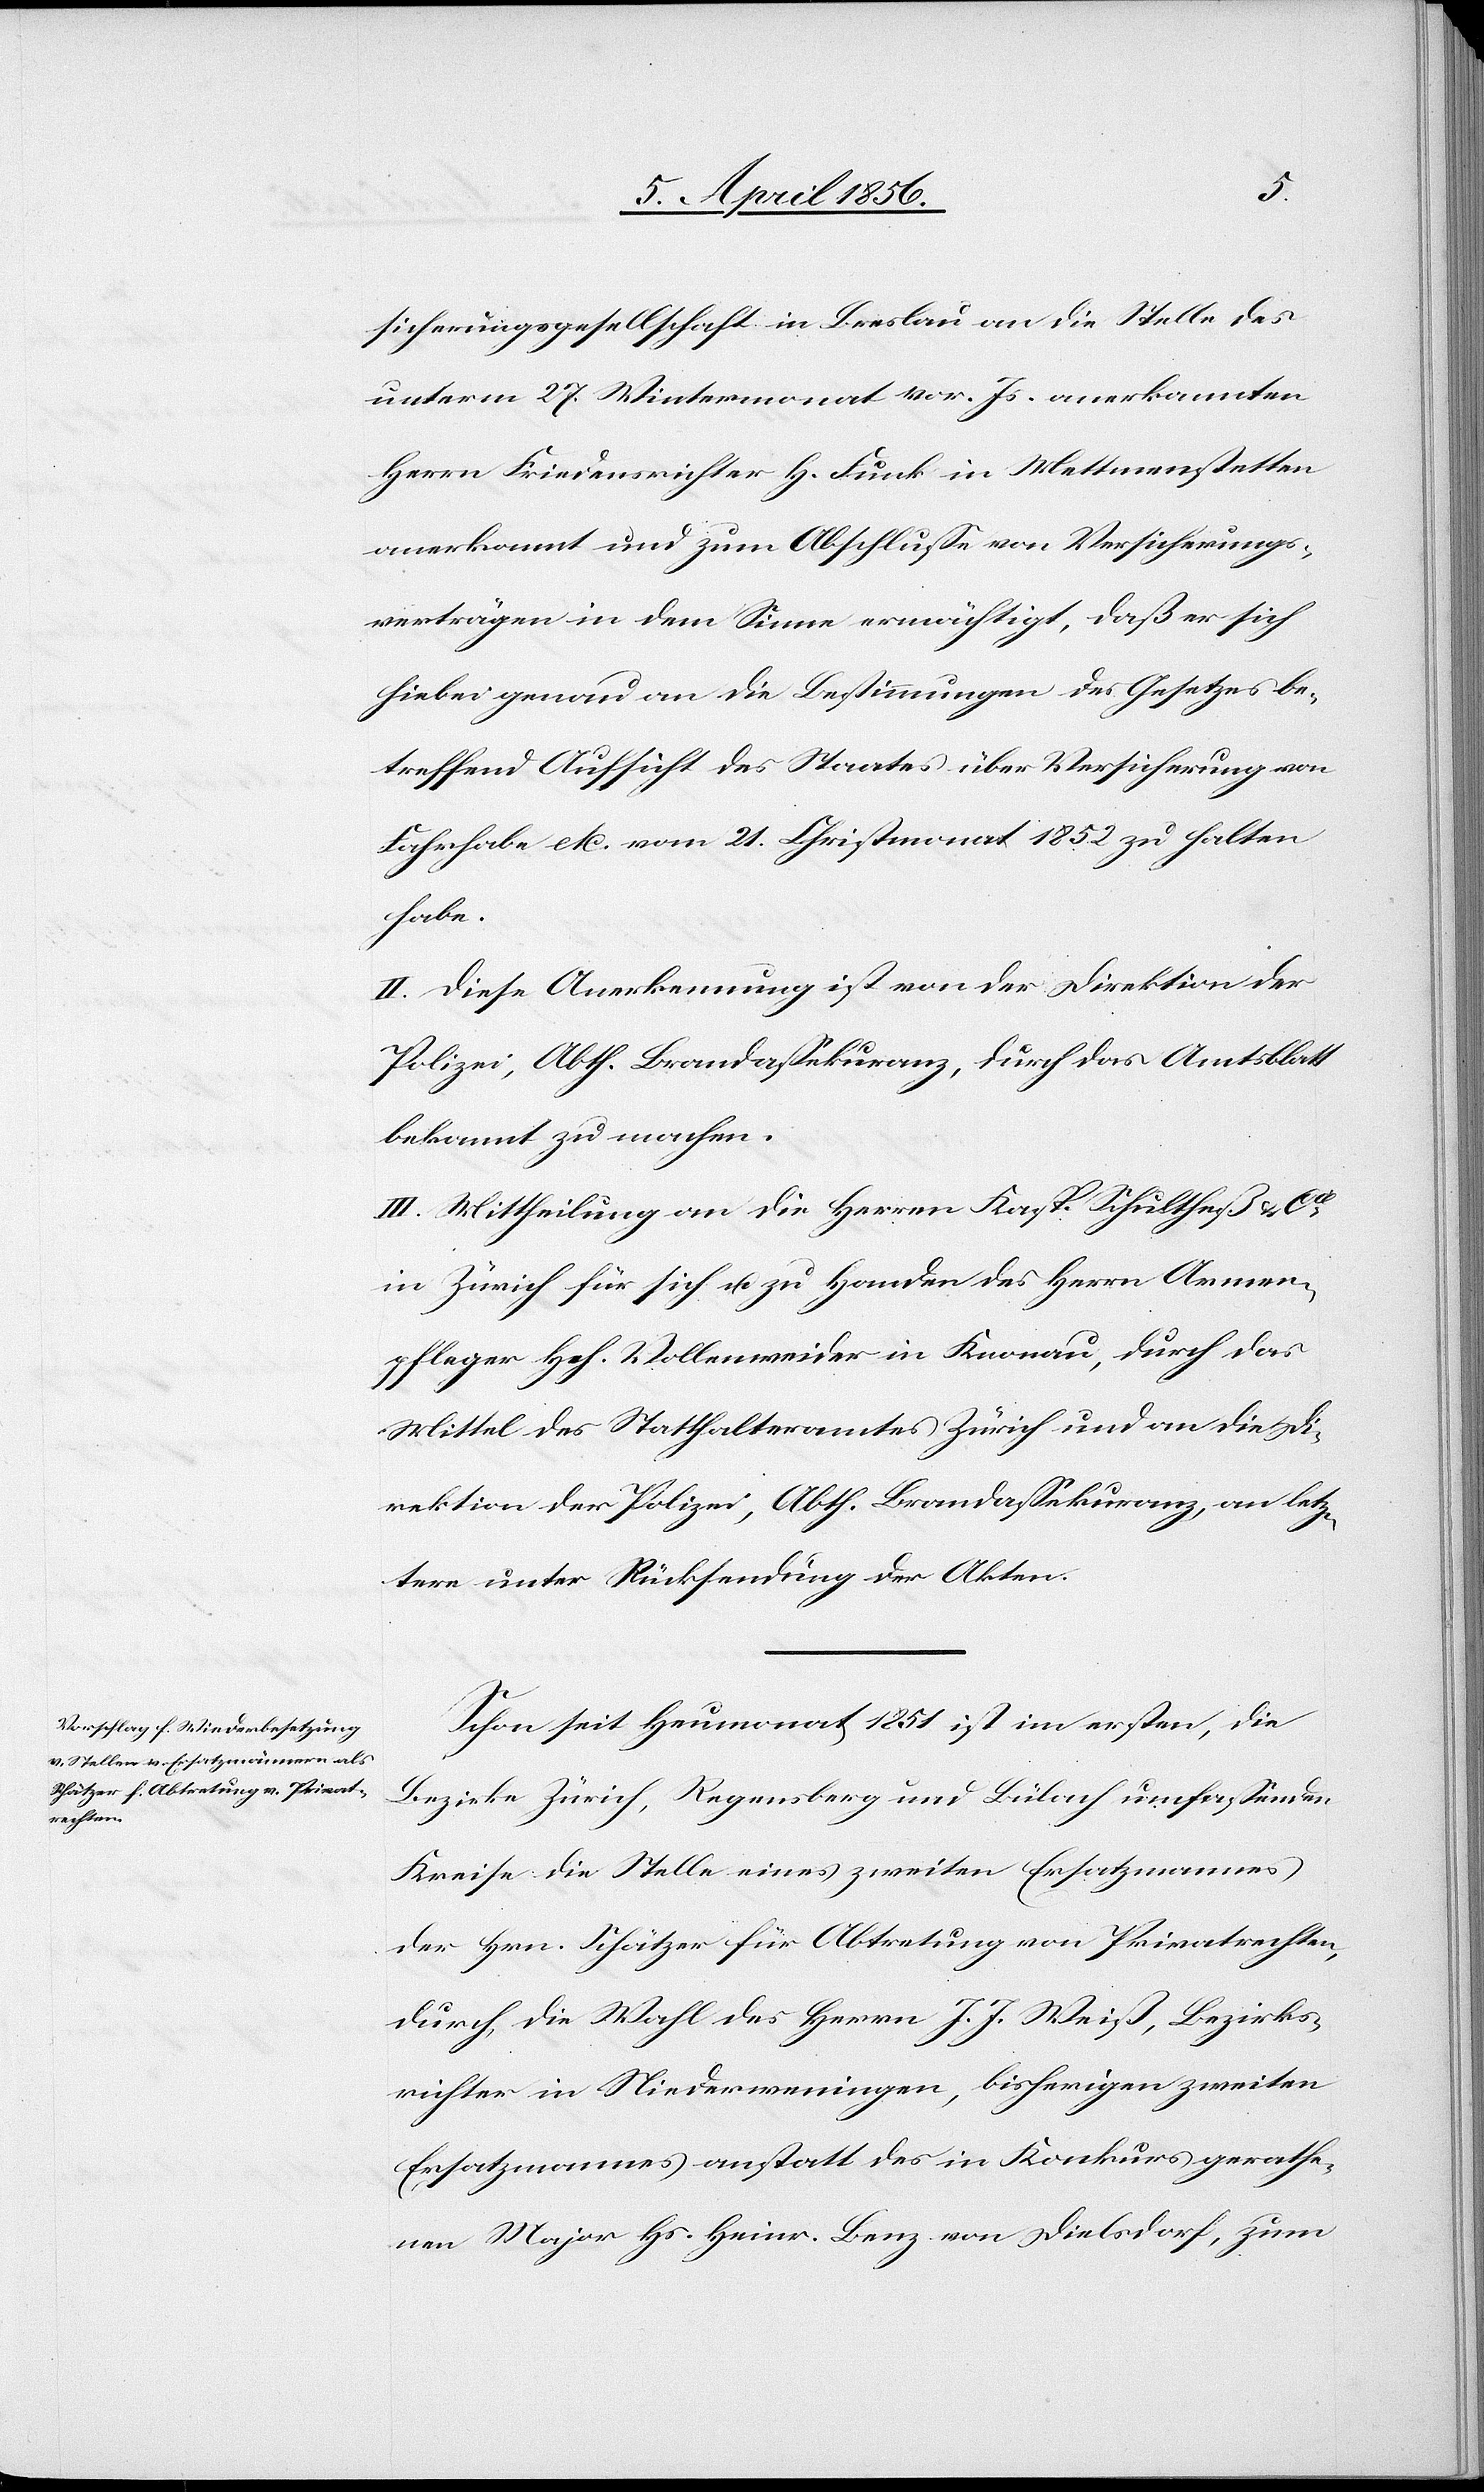
sicherungsgesellschaft in Breslau an die Stelle des
unterm 27. Wintermonat vor. Js. anerkannten
Herrn Friedensrichter H. Funk in Mettmenstetten
anerkannt und zum Abschlusse von Versicherungs¬
verträgen in dem Sinne ermächtigt, daß er sich
hiebei genau an die Bestimmungen des Gesetzes be¬
treffend Aufsicht des Staates über Versicherung von
Fahrhabe etc. vom 21. Christmonat 1852 zu halten
habe.
II. Diese Anerkennung ist von der Direktion der
Polizei, Abth. Brandassekuranz, durch das Amtsblatt
bekannt zu machen.
III. Mittheilung an die Herren Kasp. Schultheß & Cie
in Zürich für sich u. zu Handen des Herrn Armen¬
pfleger Hch. Vollenweider in Knonau, durch das
Mittel des Statthalteramtes Zürich und an die Di¬
rektion der Polizei, Abth. Brandassekuranz, an letz¬
tere unter Rücksendung der Akten.
Schon seit Heumonat 1851 ist im ersten, die
Bezirke Zürich, Regensberg und Bülach umfassenden
Kreise die Stelle eines zweiten Ersatzmannes
der Hrn. Schätzer für Abtretung von Privatrechten,
durch die Wahl des Herrn J. J. Weiß, Bezirks¬
richter in Niederweningen, bisherigen zweiten
Ersatzmannes anstatt des in Konkurs gerathe¬
nen Major Hs. Heinr. Benz von Dielsdorf, zum